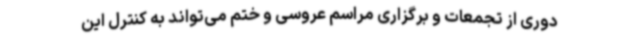
دوری از تجمعات و برگزاری مراسم عروسی و ختم می‌تواند به کنترل این